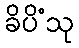
ခိပိံသု